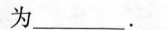
为___.